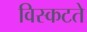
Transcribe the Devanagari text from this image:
विस्कटते